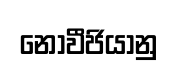
නෝවීජියානු